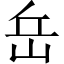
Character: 岳